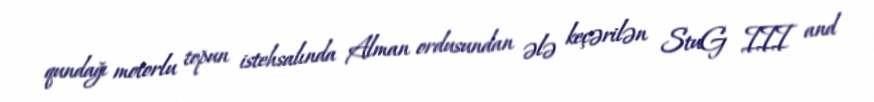
qundağı motorlu topun istehsalında Alman ordusundan ələ keçərilən StuG III and